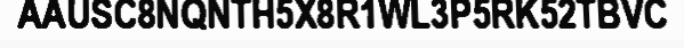
AAUSC8NQNTH5X8R1WL3P5RK52TBVC